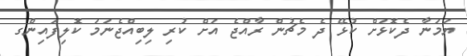
ޔަމަނާ ދެކޮޅަށް ކުޅޭ ދެ މެޗުން ރާއްޖެ އަށް ކުރި ލިބިއްޖެނަމަ ކޮލިފައިންގ